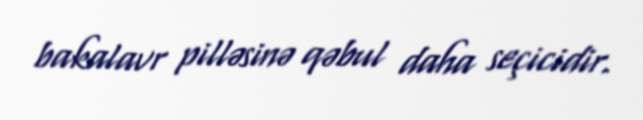
bakalavr pilləsinə qəbul daha seçicidir.